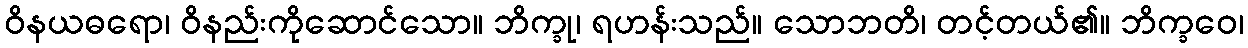
ဝိနယဓရော၊ ဝိနည်းကိုဆောင်သော။ ဘိက္ခု၊ ရဟန်းသည်။ သောဘတိ၊ တင့်တယ်၏။ ဘိက္ခဝေ၊